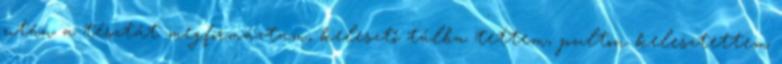
után a tésztát megformáztam, kelesztő tálba tettem, pulton kelesztettem